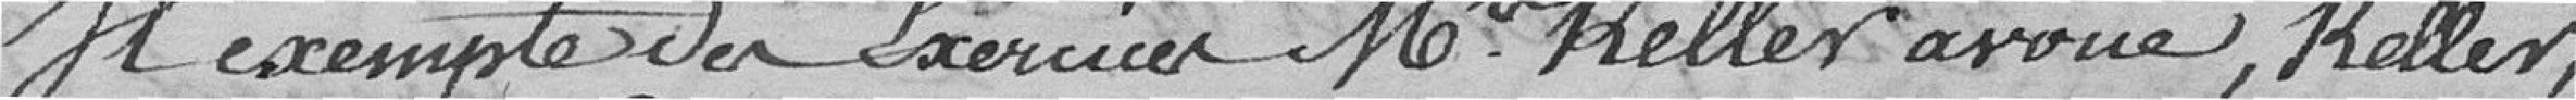
II exempte de l'exercice Messieurs Keller avoué, Keller